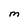
Character: M